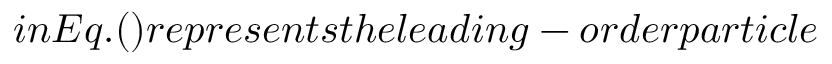
i n E q . ( ) r e p r e s e n t s t h e l e a d i n g - o r d e r p a r t i c l e